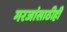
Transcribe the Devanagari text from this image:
गरजांसाठीही